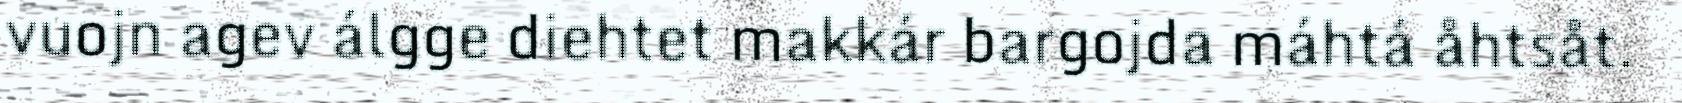
vuojn agev álgge diehtet makkár bargojda máhtá åhtsåt.